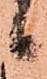
候